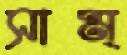
সাম্